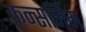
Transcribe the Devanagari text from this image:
कन्सर्निग